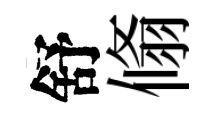
舒翛